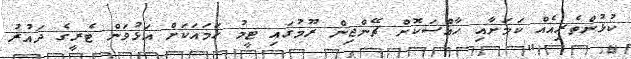
ކުޅުންތެރިއެއް ކަމަށާއި ހާއްސަކޮށް ޗޭންޖިން ރޫމުގައި ޓީމު ހަމައަކަށް އަޅުވަން ޓެރީގެ ދައުރު